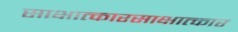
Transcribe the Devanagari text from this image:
साक्षात्कारसाक्षात्कार